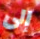
إلى